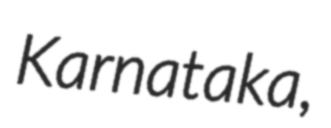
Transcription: Karnataka,